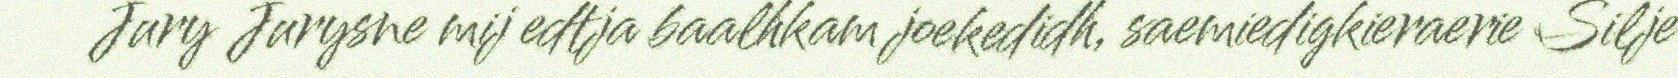
Jury Jurysne mij edtja baalhkam joekedidh, saemiedigkieraerie Silje